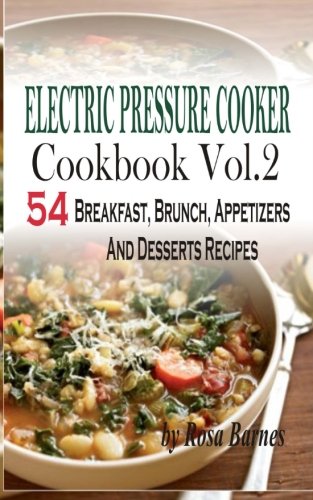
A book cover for Electric Pressure Cooker Cookbook: Vol. 2 54 Electric Pressure Cooker Recipes (Breakfast, Brunch, Appetizers And Desserts); Rosa Barnes; Cookbooks, Food & Wine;